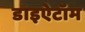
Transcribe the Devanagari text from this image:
डाइऐटॉम